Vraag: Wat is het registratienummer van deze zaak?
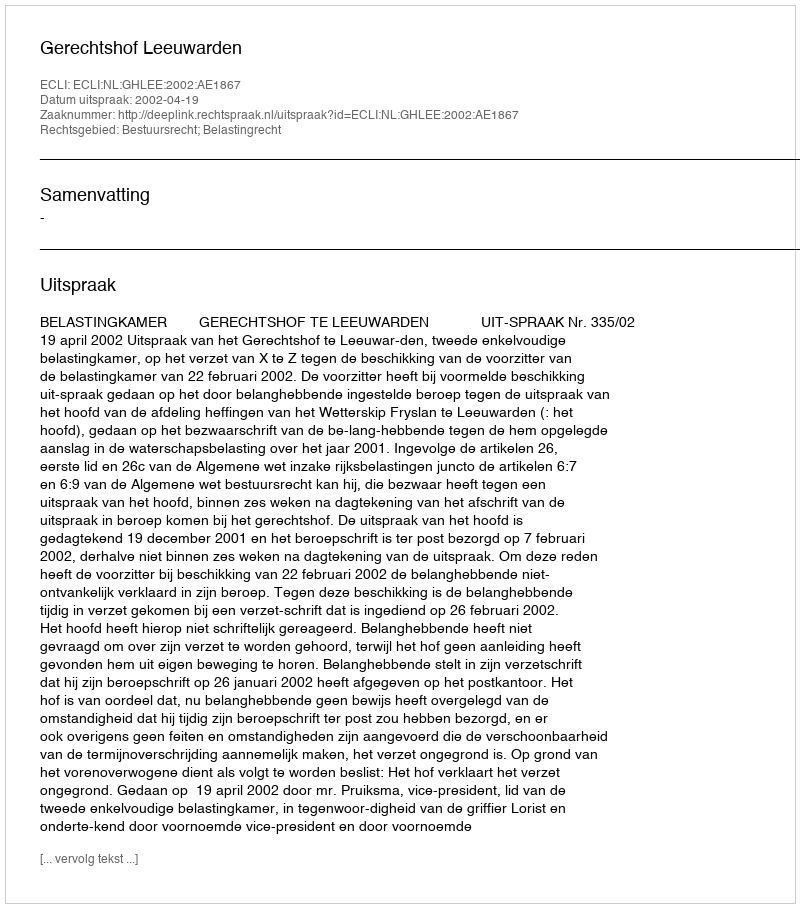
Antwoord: http://deeplink.rechtspraak.nl/uitspraak?id=ECLI:NL:GHLEE:2002:AE1867